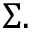
\Sigma .